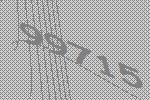
99715